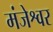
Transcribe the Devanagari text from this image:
मंजेश्वर